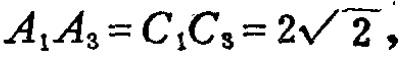
\(A_{1}A_{3}=C_{1}C_{3}=2\sqrt{2},\)